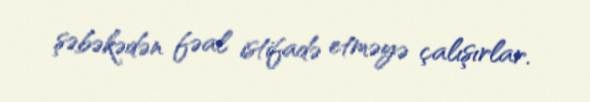
şəbəkədən fəal istifadə etməyə çalışırlar.